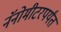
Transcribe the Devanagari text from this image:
नॅनोमीटरपर्यंत